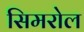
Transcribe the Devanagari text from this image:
सिमरोल